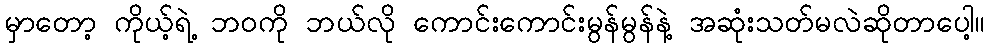
မှာတော့ ကိုယ့်ရဲ့ ဘဝကို ဘယ်လို ကောင်းကောင်းမွန်မွန်နဲ့ အဆုံးသတ်မလဲဆိုတာပေါ့။